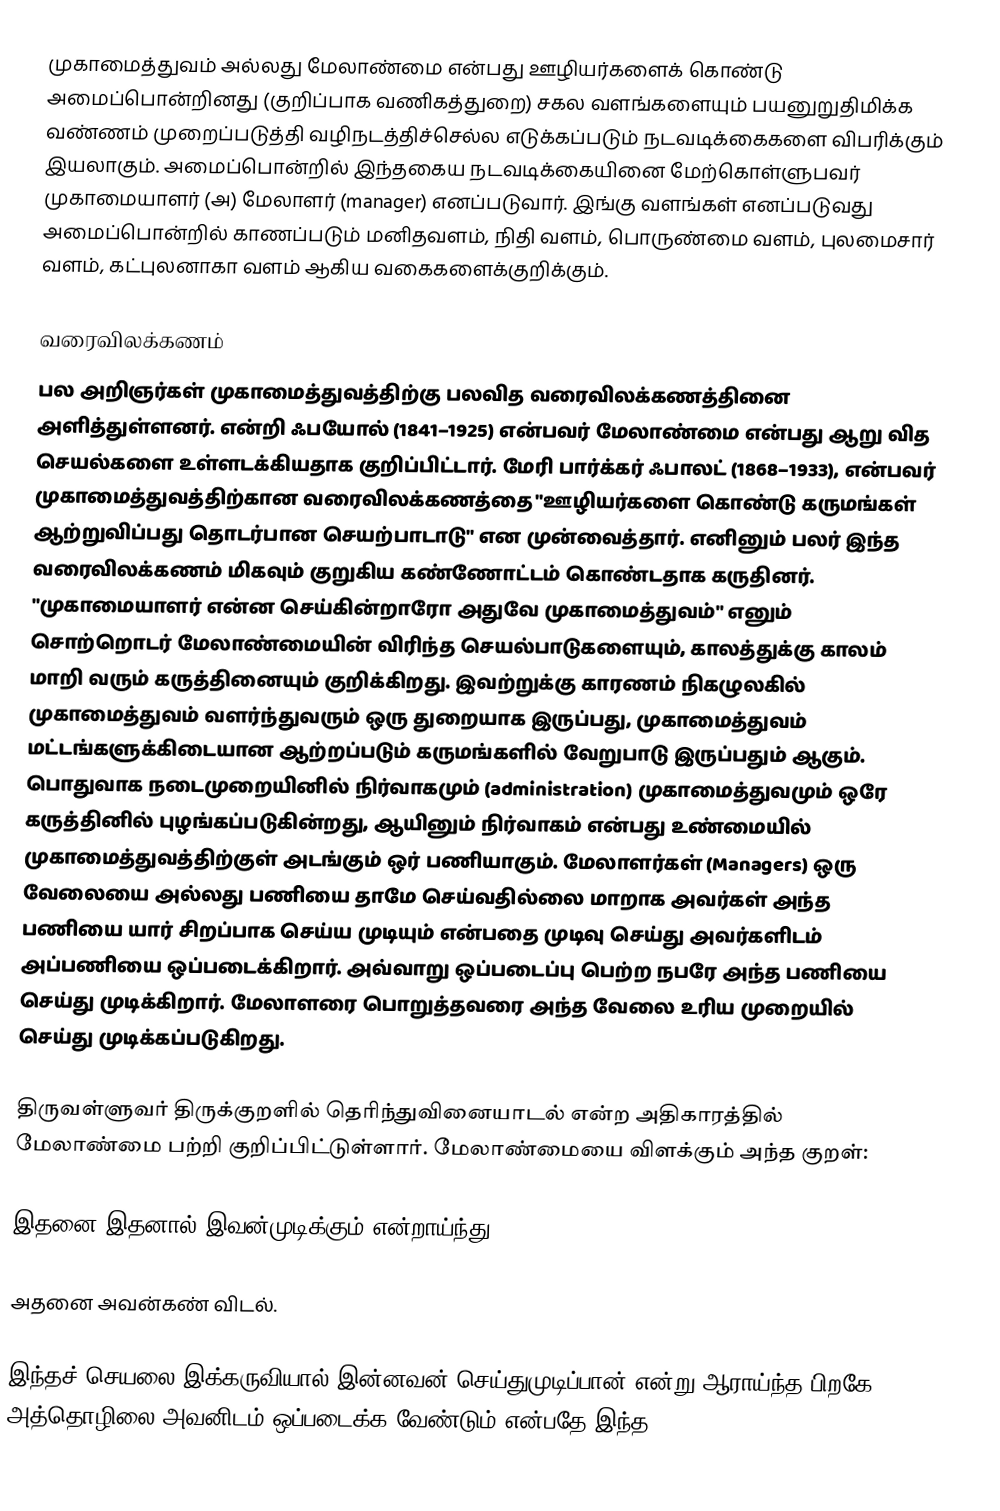
முகாமைத்துவம் அல்லது மேலாண்மை என்பது ஊழியர்களைக் கொண்டு அமைப்பொன்றினது (குறிப்பாக வணிகத்துறை) சகல வளங்களையும் பயனுறுதிமிக்க வண்ணம் முறைப்படுத்தி வழிநடத்திச்செல்ல எடுக்கப்படும் நடவடிக்கைகளை விபரிக்கும் இயலாகும். அமைப்பொன்றில் இந்தகைய நடவடிக்கையினை மேற்கொள்ளுபவர் முகாமையாளர் (அ) மேலாளர் (manager) எனப்படுவார். இங்கு வளங்கள் எனப்படுவது அமைப்பொன்றில் காணப்படும் மனிதவளம், நிதி வளம், பொருண்மை வளம், புலமைசார் வளம், கட்புலனாகா வளம் ஆகிய வகைகளைக்குறிக்கும்.

வரைவிலக்கணம்
பல அறிஞர்கள் முகாமைத்துவத்திற்கு பலவித வரைவிலக்கணத்தினை அளித்துள்ளனர். என்றி ஃபயோல் (1841–1925) என்பவர் மேலாண்மை என்பது ஆறு வித செயல்களை உள்ளடக்கியதாக குறிப்பிட்டார். மேரி பார்க்கர் ஃபாலட் (1868–1933), என்பவர் முகாமைத்துவத்திற்கான வரைவிலக்கணத்தை "ஊழியர்களை கொண்டு கருமங்கள் ஆற்றுவிப்பது தொடர்பான செயற்பாடாடு" என முன்வைத்தார். எனினும் பலர் இந்த வரைவிலக்கணம் மிகவும் குறுகிய கண்ணோட்டம் கொண்டதாக கருதினர். "முகாமையாளர் என்ன செய்கின்றாரோ அதுவே முகாமைத்துவம்" எனும் சொற்றொடர் மேலாண்மையின் விரிந்த செயல்பாடுகளையும், காலத்துக்கு காலம் மாறி வரும் கருத்தினையும் குறிக்கிறது. இவற்றுக்கு காரணம் நிகழுலகில் முகாமைத்துவம் வளர்ந்துவரும் ஒரு துறையாக இருப்பது, முகாமைத்துவம் மட்டங்களுக்கிடையான ஆற்றப்படும் கருமங்களில் வேறுபாடு இருப்பதும் ஆகும். பொதுவாக நடைமுறையினில் நிர்வாகமும் (administration) முகாமைத்துவமும் ஒரே கருத்தினில் புழங்கப்படுகின்றது, ஆயினும் நிர்வாகம் என்பது உண்மையில் முகாமைத்துவத்திற்குள் அடங்கும் ஒர் பணியாகும். மேலாளர்கள் (Managers) ஒரு வேலையை அல்லது பணியை தாமே செய்வதில்லை மாறாக அவர்கள் அந்த பணியை யார் சிறப்பாக செய்ய முடியும் என்பதை முடிவு செய்து அவர்களிடம் அப்பணியை ஒப்படைக்கிறார். அவ்வாறு ஒப்படைப்பு பெற்ற நபரே அந்த பணியை செய்து முடிக்கிறார். மேலாளரை பொறுத்தவரை அந்த வேலை உரிய முறையில் செய்து முடிக்கப்படுகிறது.

திருவள்ளுவர் திருக்குறளில் தெரிந்துவினையாடல் என்ற அதிகாரத்தில் மேலாண்மை பற்றி குறிப்பிட்டுள்ளார். மேலாண்மையை விளக்கும் அந்த குறள்:

இதனை இதனால் இவன்முடிக்கும் என்றாய்ந்து

அதனை அவன்கண் விடல்.

இந்தச் செயலை இக்கருவியால் இன்னவன் செய்துமுடிப்பான் என்று ஆராய்ந்த பிறகே அத்தொழிலை அவனிடம் ஒப்படைக்க வேண்டும் என்பதே இந்த